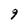
Character: 9